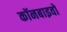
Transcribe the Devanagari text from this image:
कॉनबाइवों